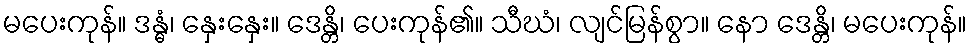
မပေးကုန်။ ဒန္ဓံ၊ နှေးနှေး။ ဒေန္တိ၊ ပေးကုန်၏။ သီဃံ၊ လျင်မြန်စွာ။ နော ဒေန္တိ၊ မပေးကုန်။